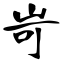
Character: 岢